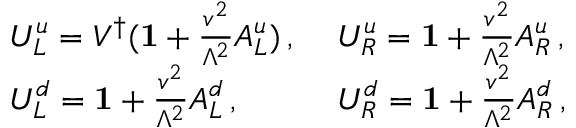
\begin{array} { l l } { { U _ { L } ^ { u } = V ^ { \dagger } ( { \mathbf { 1 } } + \frac { v ^ { 2 } } { \Lambda ^ { 2 } } A _ { L } ^ { u } ) \, , ~ } } & { { U _ { R } ^ { u } = { \mathbf { 1 } } + \frac { v ^ { 2 } } { \Lambda ^ { 2 } } A _ { R } ^ { u } \, , } } \\ { { U _ { L } ^ { d } = { \mathbf { 1 } } + \frac { v ^ { 2 } } { \Lambda ^ { 2 } } A _ { L } ^ { d } \, , } } & { { U _ { R } ^ { d } = { \mathbf { 1 } } + \frac { v ^ { 2 } } { \Lambda ^ { 2 } } A _ { R } ^ { d } \, , } } \end{array}